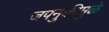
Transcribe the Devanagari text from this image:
जपनुकीमुळे